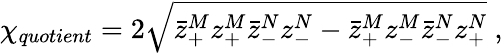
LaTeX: {\chi}_{quotient}=2\sqrt{\bar{z}_{+}^{M}z_{+}^{M}\bar{z}_{-}^{N}z_{-}^{N}-\bar{z}_{+}^{M}z_{-}^{M}\bar{z}_{-}^{N}z_{+}^{N}}\ ,